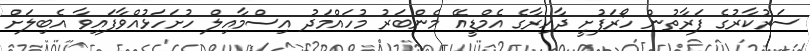
ސަރުކާރުގެ ފަރާތުން ހޯރަފުށީ ދާއިރާގެ އެމްޑީއޭ މެންބަރު މުހައްމަދު އިސްމާއިލް ހުށަހަޅުއްވާފައިވާ އެބިލަށް